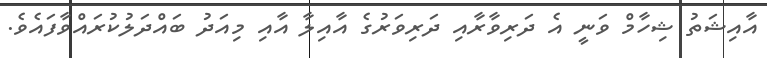
އާއިޝަތު ޝިހާމް ވަނީ އެ ދަރިވާރާއި ދަރިވަރުގެ އާއިލާ އާއި މިއަދު ބައްދަލުކުރައްވާފައެވެ.